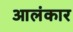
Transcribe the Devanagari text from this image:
आलंकार